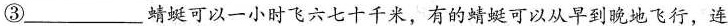
③___蜻蜓可以一小时飞六七十千米，有的蜻蜓可以从早到晚地飞行，连